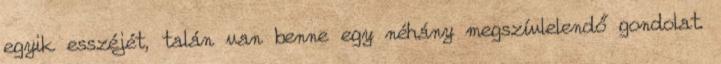
egyik esszéjét, talán van benne egy néhány megszívlelendő gondolat.